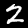
Digit: 2